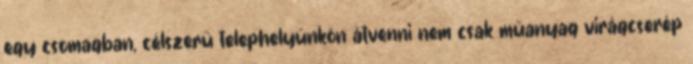
egy csomagban, célszerű telephelyünkön átvenni nem csak műanyag virágcserép